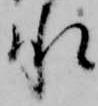
承